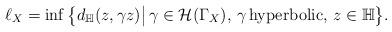
LaTeX: \begin{align*}\ell_{X}= \inf\big\lbrace{d_{\mathbb{H}}(z,\gamma z)\big|\,\gamma\in\mathcal{H}(\Gamma_{X}),\,\gamma\,\mathrm{hyperbolic},\,z\in\mathbb{H}\big\rbrace}.\end{align*}